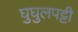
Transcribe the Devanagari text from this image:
घुघुलपट्टी